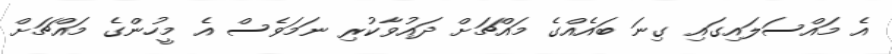
އެ މައްސަލައިގައި ގިނަ ބައެއްގެ މައްޗަށް ދައުވާކުރި ނަމަވެސް އެ މީހުންގެ މައްޗަށް